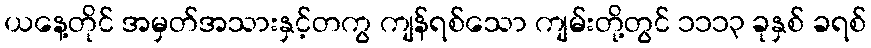
ယနေ့တိုင် အမှတ်အသားနှင့်တကွ ကျန်ရစ်သော ကျမ်းတို့တွင် ၁၁၁၃ ခုနှစ် ခရစ်